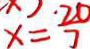
x = \frac { 2 0 } { 7 }